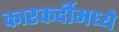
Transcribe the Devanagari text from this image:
कारकर्दीमध्ये